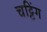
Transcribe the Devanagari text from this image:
चट्टिंग